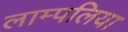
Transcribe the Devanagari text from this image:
लाम्पलिया